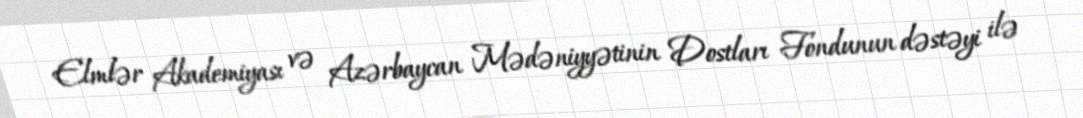
Elmlər Akademiyası və Azərbaycan Mədəniyyətinin Dostları Fondunun dəstəyi ilə